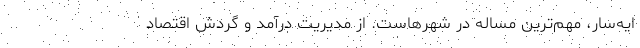
ایه‌سار، مهم‌ترین مساله در شهرهاست. از مدیریت درآمد و گردش اقتصاد